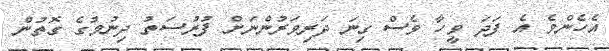
އެހެންވެ އެ ފަދަ ވީހާ ވެސް ގިނަ ދަރިވަރުންނަށް ފުރުސަތު ދިނުމުގެ ގޮތުން